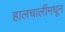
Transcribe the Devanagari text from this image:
हालचालींमधून